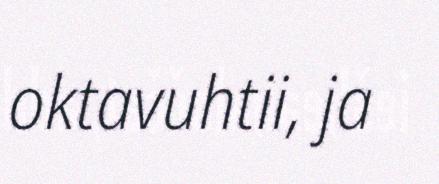
oktavuhtii, ja